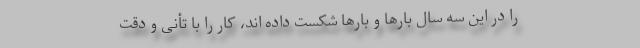
را در این سه سال بارها و بارها شکست داده اند، کار را با تأنی و دقت